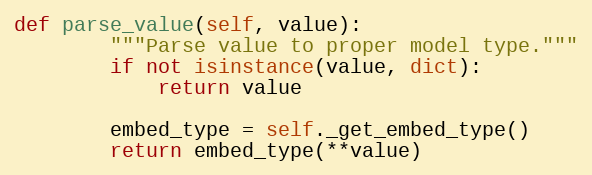
Language: Python
def parse_value(self, value):
        """Parse value to proper model type."""
        if not isinstance(value, dict):
            return value

        embed_type = self._get_embed_type()
        return embed_type(**value)